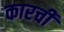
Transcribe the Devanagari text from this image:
कारची